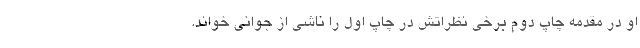
او در مقدمه چاپ دوم برخی نظراتش در چاپ اول را ناشی از جوانی خواند.